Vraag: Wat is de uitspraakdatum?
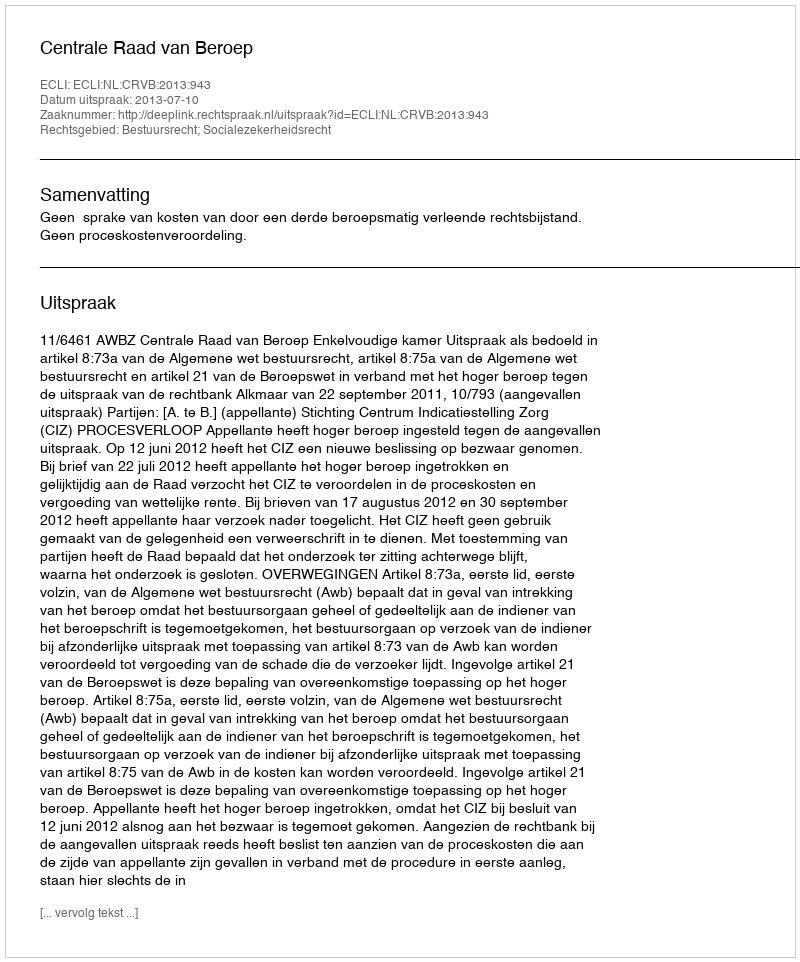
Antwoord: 2013-07-10